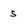
Character: s